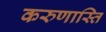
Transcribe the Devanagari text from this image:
करुणास्ति